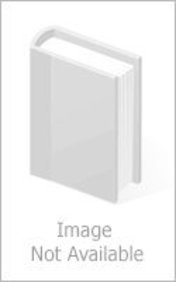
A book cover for Engineering Physics; Sanjeev Kumar; Science & Math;